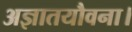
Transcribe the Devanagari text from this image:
अज्ञातयौवना।